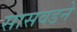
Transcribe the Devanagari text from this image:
सासवडने